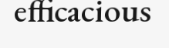
efficacious